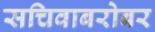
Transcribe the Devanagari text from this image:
सचिवाबरोबर